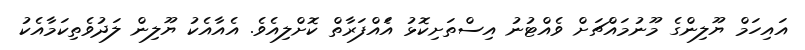
އައިހަމް ޔޫލިންގެ މޫނުމައްޗަށް ވެއްޓުނު އިސްތަށިކޮޅު އެައްފަރާތް ކޮށްލިއެވެ. އެއާއެކު ޔޫލިން ލަދުވެތިކަމާއެކު